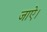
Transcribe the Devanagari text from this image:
जाऐ।